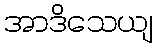
အာဒိသေယျ